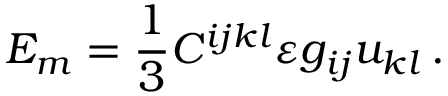
E _ { m } = \frac 1 3 C ^ { i j k l } \varepsilon g _ { i j } u _ { k l } \, .